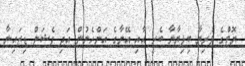
ޔޮޓްުގެ ވެރިޔާ ބިލިޔާނާ ބެރީ އާއި އޭނާގެ އަންހެނުން އަދި ފެޝަން ޑިޒައިނާ